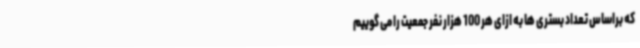
که براساس تعداد بستری ها به ازای هر 100 هزار نفر جمعیت را می گوییم